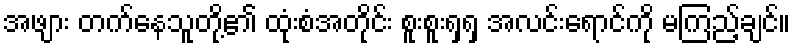
အဖျား တက်နေသူတို့၏ ထုံးစံအတိုင်း စူးစူးရှရှ အလင်းရောင်ကို မကြည့်ချင်။